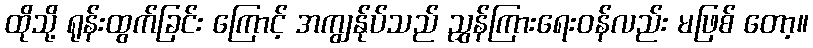
ထိုသို့ ရုန်းထွက်ခြင်း ကြောင့် အကျွန်ုပ်သည် ညွှန်ကြားရေးဝန်လည်း မဖြစ် တော့။